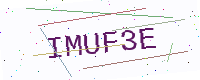
Text: IMUF3E